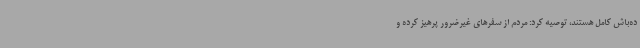
ده‌باش کامل هستند، توصیه کرد: مردم از سفرهای غیرضرور پرهیز کرده و